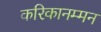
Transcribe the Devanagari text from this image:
करिकानम्मन